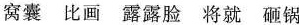
窝囊 比画 露露脸 将就 砸锅